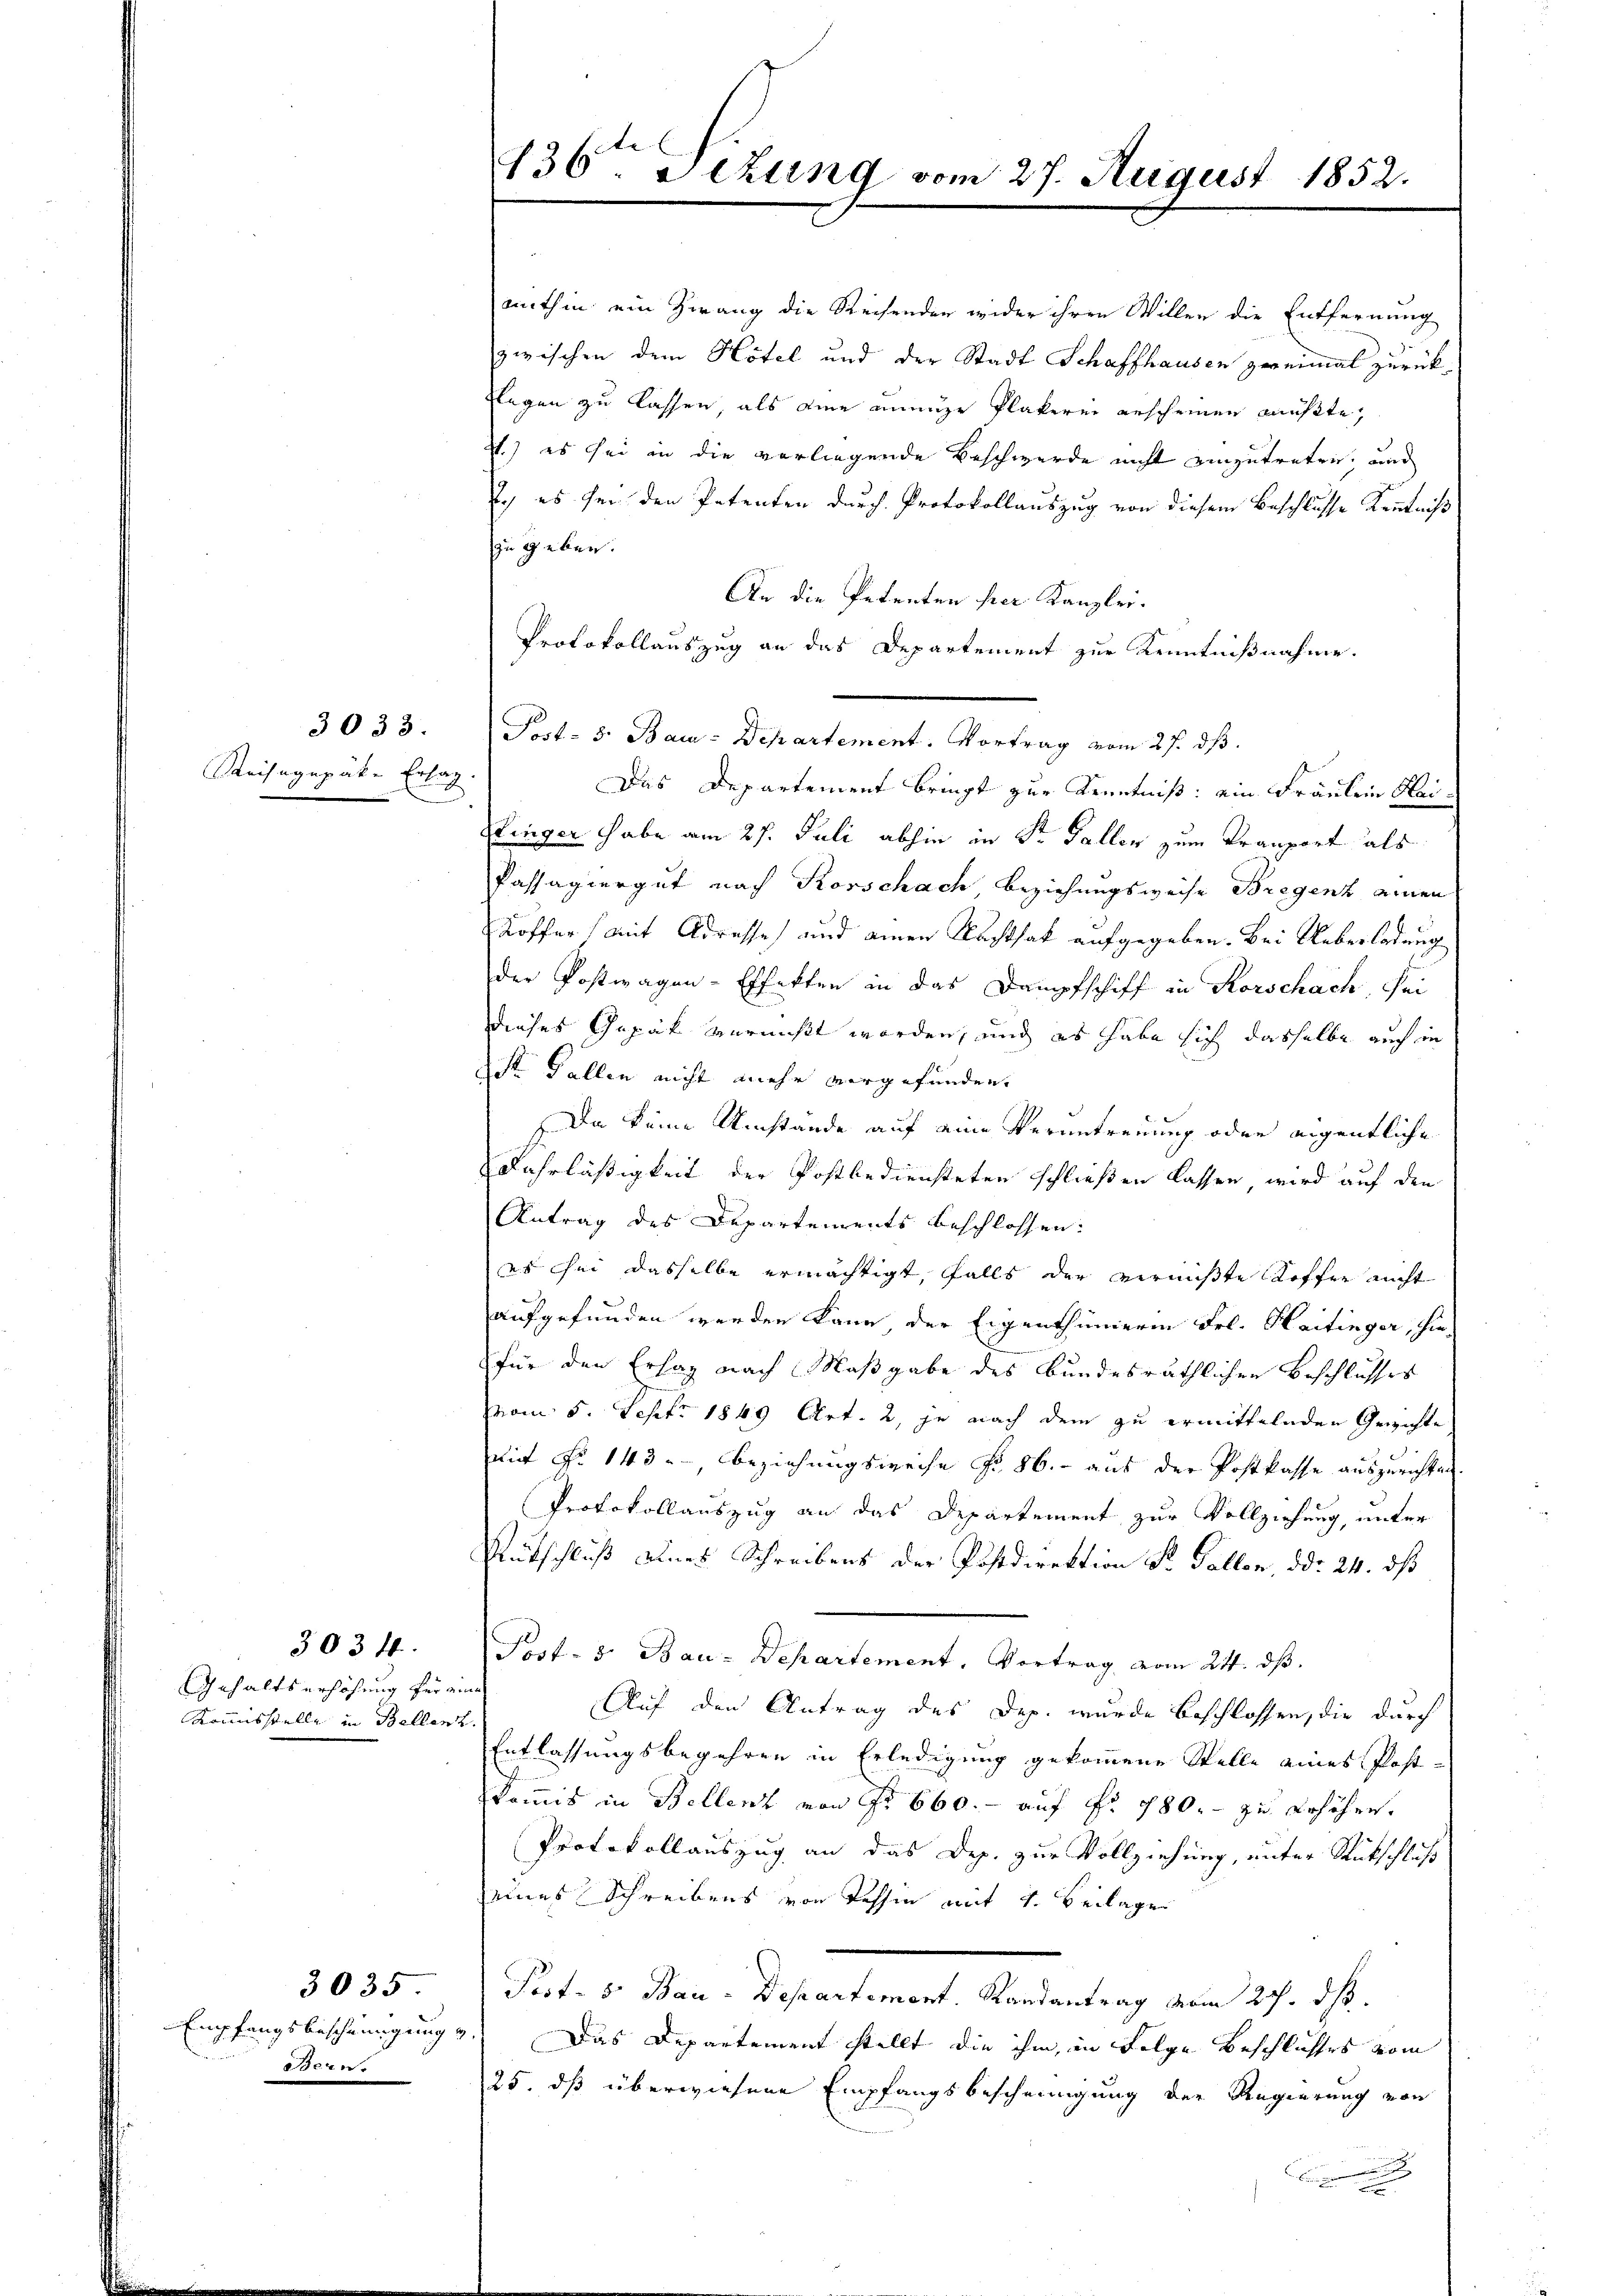
3033.
Reisegepäke Erlag
un

3034.
Gehalts erhöhung her am
Kommisstelle in Bellenz

3035
Empfangsbescheinigung
Bonn.

436ten Sekung vom 27. August 1852.

mithin ein Zwang die Reisenden wider ihren Willen die Entfernung
zwischen dem Hotel und der Stadt Schaffhausen zweimal zurück¬
Elegen zu lassen, als eine annige Plakerei gescheinen mußte,
St.) es sei in die vorliegende Beschwerde nicht einzutreten, und
I.) es sei den Patenten durch Protokollauszug von diesem Beschlusse Kenntniß
zu geben.
An die Petenten her Kanzlei.
Protokollauszug an das Departement zur Kenntnißnahme.
Das Departement bringt zur Kenntniß: ein Fräulein Heilinger habe am 27. Juli abhin in Sr. Faller zum Kranzort als
Passagiergut nach Korschach Beziehungsweise Bregenz einen
Koffer (mit Adresse und einen Nachtsak aufgegeben. Bei Ueberladung
der Postwagen-Effekten in das Dampfschiff in Rorschach, sei
dieses Gepäck vermißt worden, und es habe sich dasselbe auch in
St. Gallen nicht mehr vorgefunden.
Da keine Umstände auf eine Veruntreuung oder eigentliche
Fahrläßigkeit der Postbediensteten schließen lassen wird auf den
Antrag des Departements beschlossen:
es ihm dasselbe ermächtigt, falls der vermißte Soffer nicht
aufgefunden werden kann der Eigenthümerin Frl. Haitinger, hie
für den Erlag nach Maßgabe des Bundesräthlichen Beschlusses
vvom 5. Sept. 1849 Art. 2, je nach dem zu ermittelnden Gewichte
mit Fr. 143. Beziehungsweise No. 86. - aus der Postkasse auszurichten.
Protokollauszug an das Departement zur Vollziehung, unter
Rutschluß eines Schreibens der Postdirektion Sr. Gallen, d d. 24. ds
Prt. 3. Bau-Departement, Vortrag vom 24. dβ.
Auf den Antrag des Dep. wurde beschlossen, die durch
Entlassungsbegehren in Erledigung gekommene Stelle eines Postkommis in Bellenz von No 660.- auf Fr. 180. - zu erhöheres.
Protokollauszug an das Dep. zur Vollziehung, unter Rückschluß
eines Schreibens von Tessin mit 4. Beilage
Post- 5. Bau-Departement. Randantrag vom 27. ds.
Das Departement stellt die ihm, in Folge beschliches vom
25. dß überwiesene Empfangsbescheinigung der Regierung von

Post- 8. Bau-Departement. Vortrag vom 27. ds.